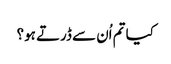
کیا تم اُن سے ڈرتے ہو؟